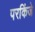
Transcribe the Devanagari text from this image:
परकिंजे